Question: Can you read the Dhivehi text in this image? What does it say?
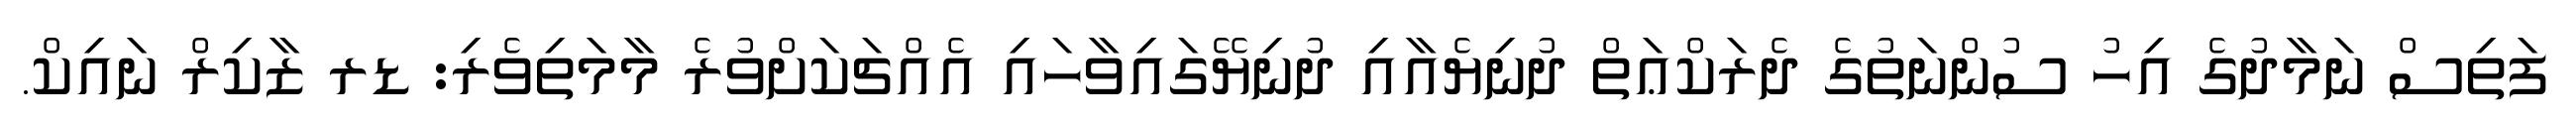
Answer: ފަތިސް ނަމާދުގެ އިހު ސުންނަތުގެ ދެރަކްޢަތް ދުނިޔެއާއި ދުނިޔޭގައިވާހައި އެއްޗަކަށްވުރެ މާމަތިވެރި: ޑރ ޒާކިރް ނައިކް.